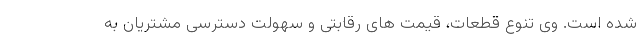
شده است. وی تنوع قطعات، قیمت های رقابتی و سهولت دسترسی مشتریان به